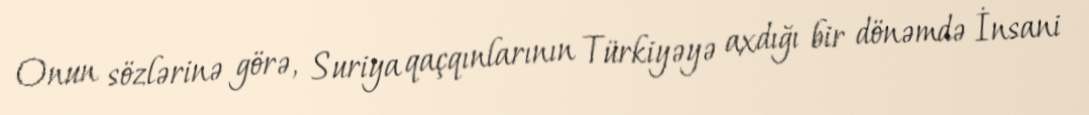
Onun sözlərinə görə, Suriya qaçqınlarının Türkiyəyə axdığı bir dönəmdə İnsani